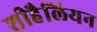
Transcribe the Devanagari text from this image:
शीहैलियन